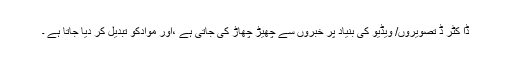
ڈا کٹر ڈ تصویروں/ ویڈیو کی بنیاد پر خبروں سے چھیڑ چھاڑ کی جاتی ہے ،اور موادکو تبدیل کر دیا جاتا ہے ۔